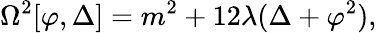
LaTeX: \Omega^{2}[\varphi,\Delta]=m^{2}+12\lambda(\Delta+\varphi^{2}),